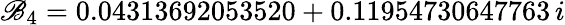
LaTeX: \mathscr{B}_{4}=0.04313692053520+0.11954730647763\, i